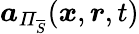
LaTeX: \boldsymbol{a}_{\mathit{\Pi}_{\overline{{S}}}}(\boldsymbol{x},\boldsymbol{r},t)